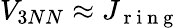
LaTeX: V_{3NN}\approx J_{\mathrm{~r~i~n~g~}}